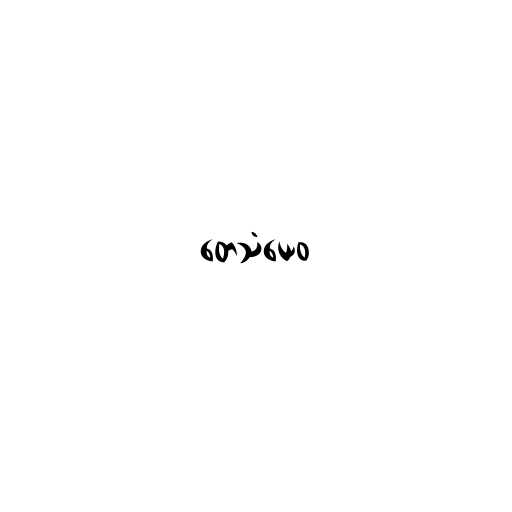
တေသံယေဝ